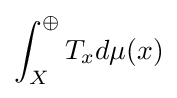
\int _{X}^{\oplus }T_{x}d\mu (x)